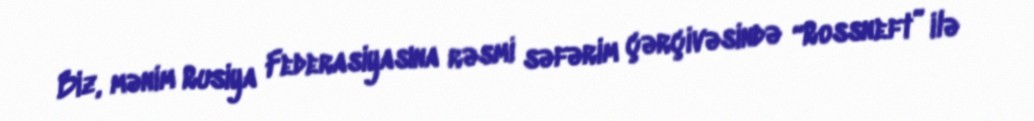
Biz, mənim Rusiya Federasiyasına rəsmi səfərim çərçivəsində “Rossneft” ilə